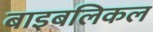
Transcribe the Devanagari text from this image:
बाइबलिकल